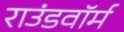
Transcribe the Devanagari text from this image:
राउंडवॉर्म